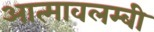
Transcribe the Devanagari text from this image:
आत्मावलम्बी